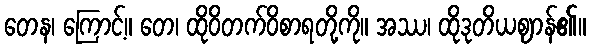
တေန၊ ကြောင့်။ တေ၊ ထိုဝိတက်ဝိစာရတို့ကို။ အဿ၊ ထိုဒုတိယဈာန်၏။